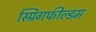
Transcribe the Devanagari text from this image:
स्प्रिंगफील्डम